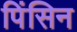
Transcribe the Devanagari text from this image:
पिंसिन